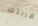
ضربتك